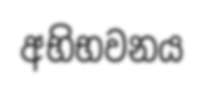
අභිභවනය